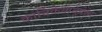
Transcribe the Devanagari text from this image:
कार्त्तिकेयानुप्रेक्षा